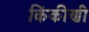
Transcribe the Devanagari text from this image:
किंकीणी